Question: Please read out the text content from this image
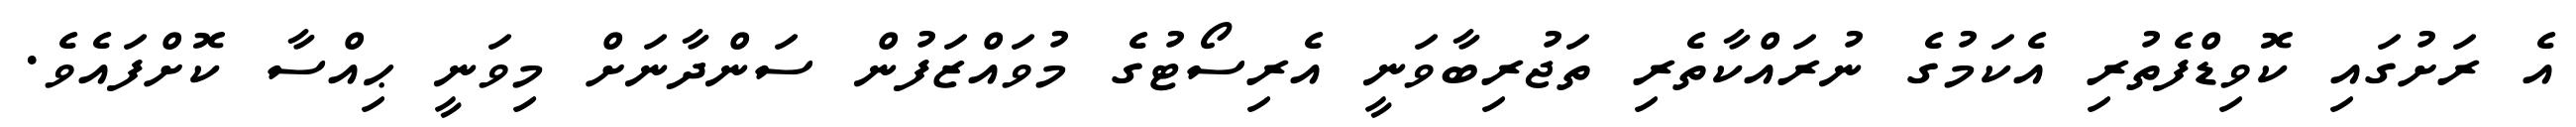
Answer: އެ ރަށުގައި ކޮވިޑްފެތުރި އެކަމުގެ ނުރައްކާތެރި ތަޖުރިބާވަނީ އެރިސޯޓުގެ މުވައްޒަފުން ސަންދާނަށް މިވަނީ ޙިއްސާ ކޮށްފައެވެ.